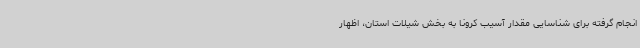
انجام گرفته برای شناسایی مقدار آسیب کرونا به بخش شیلات استان، اظهار